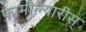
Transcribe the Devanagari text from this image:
फ़ामील्यारीस्